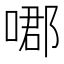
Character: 𠹴